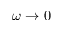
\omega \rightarrow 0